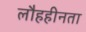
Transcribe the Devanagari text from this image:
लौहहीनता